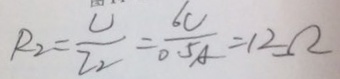
R _ { 2 } = \frac { U } { I _ { 2 } } = \frac { 6 U } { 0 . 5 A } = 1 2 \Omega